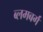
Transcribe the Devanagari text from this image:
ब्लमबर्ग